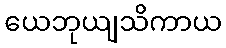
ယေဘုယျသိကာယ